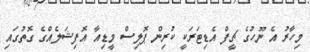
މިހާރު އެ ނޫހުގެ ޗީފް އެޑިޓަރަކީ ކުރިން ޕޮލިސް މީޑިއާ އޮފިޝަލެއްގެ ގޮތުގައި